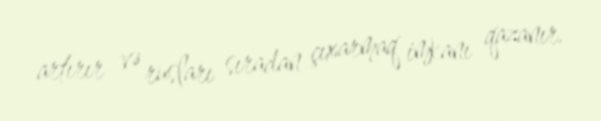
artırır və rusları sıradan çıxarmaq imkanı qazanır.